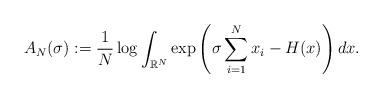
LaTeX: \begin{align*}A_N(\sigma) : = \frac{1}{N} \log \int_{\mathbb{R}^N} \exp \left( \sigma \sum_{i=1}^N x_i - H(x) \right) dx.\end{align*}